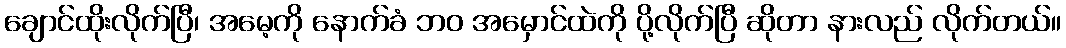
ချောင်ထိုးလိုက်ပြီ၊ အမေ့ကို နောက်ခံ ဘဝ အမှောင်ထဲကို ပို့လိုက်ပြီ ဆိုတာ နားလည် လိုက်တယ်။